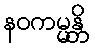
နဝကမ္မန္တိ